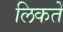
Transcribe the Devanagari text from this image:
लिकते